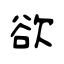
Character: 欲